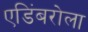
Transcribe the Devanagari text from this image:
एडिंबरोला